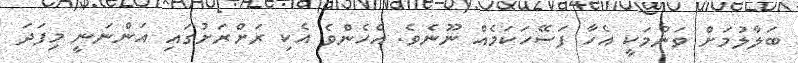
ބަލާލުމަށް ވަނުމަކީ އެހާ ފަސޭހަކަމެއް ނޫނެވެ. އެހެންވެ އެކި ރަށްރަށުގައި އަންނަނީ މިފަދަ